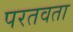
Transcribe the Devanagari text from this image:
परतवता